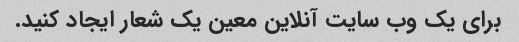
برای یک وب سایت آنلاین معین یک شعار ایجاد کنید.